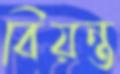
বিয়ন্ত